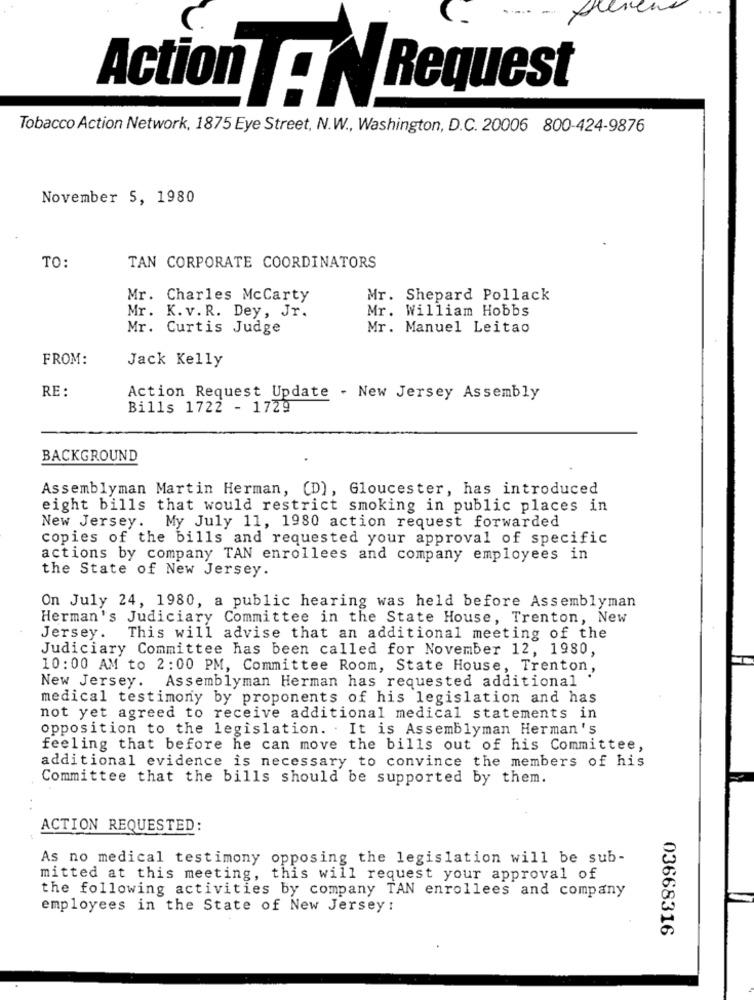
Action : NRequest
Tobacco Action Network, 1875 Eye Street, N.W ., Washington, D.C. 20006 800-424-9876
November 5, 1980
TO:
TAN CORPORATE COORDINATORS
Mr. Charles McCarty
Mr. Shepard Pollack
Mr. William Hobbs
Mr. K.v.R. Dey, Jr.
Mr. Curtis Judge
Mr. Manuel Leitao
FROM:
Jack Kelly
RE :
Action Request Update - New Jersey Assembly
Bills 1722 - 1729
BACKGROUND
Assemblyman Martin Herman, (D), Gloucester, has introduced
eight bills that would restrict smoking in public places in
New Jersey. My July 11, 1980 action request forwarded
copies of the bills and requested your approval of specific
actions by company TAN enrollees and company employees in
the State of New Jersey.
On July 24, 1980, a public hearing was held before Assemblyman
Herman's Judiciary Committee in the State House, Trenton, New
Jersey.
This will advise that an additional meeting of the
Judiciary Committee has been called for November 12, 1980,
10:00 AM to 2:00 PM, Committee Room, State House, Trenton,
New Jersey. Assemblyman Herman has requested additional "
medical testimony by proponents of his legislation and has
not yet agreed to receive additional medical statements in
opposition to the legislation. . It is Assemblyman Herman's
feeling that before he can move the bills out of his Committee,
additional evidence is necessary to convince the members of his
Committee that the bills should be supported by them.
ACTION REQUESTED:
As no medical testimony opposing the legislation will be sub-
mitted at this meeting, this will request your approval of
the following activities by company TAN enrollees and company
employees in the State of New Jersey:
03668316